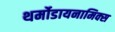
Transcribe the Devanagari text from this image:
थर्मोडायनामिक्‍स